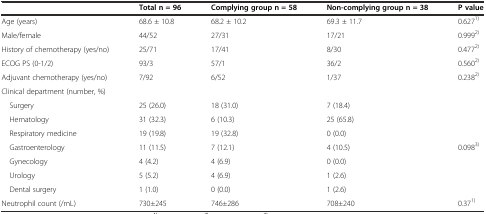
|  | Total n = 96 | Complying group n = 58 | Non-complying group n = 38 | P value |
 | --- | --- | --- | --- | --- |
 | Age (years) | 68.6 ± 10.8 | 68.2 ± 10.2 | 69.3 ± 11.7 | 0.6271) |
 | Male/female | 44/52 | 27/31 | 17/21 | 0.9992) |
 | History of chemotherapy (yes/no) | 25/71 | 17/41 | 8/30 | 0.4772) |
 | ECOG PS (0-1/2) | 93/3 | 57/1 | 36/2 | 0.5602) |
 | Adjuvant chemotherapy (yes/no) | 7/92 | 6/52 | 1/37 | 0.2382) |
 | Clinical department (number, %) |  |  |  |  |
 | Surgery | 25 (26.0) | 18 (31.0) | 7 (18.4) |  |
 | Hematology | 31 (32.3) | 6 (10.3) | 25 (65.8) |  |
 | Respiratory medicine | 19 (19.8) | 19 (32.8) | 0 (0.0) |  |
 | Gastroenterology | 11 (11.5) | 7 (12.1) | 4 (10.5) | 0.0983) |
 | Gynecology | 4 (4.2) | 4 (6.9) | 0 (0.0) |  |
 | Urology | 5 (5.2) | 4 (6.9) | 1 (2.6) |  |
 | Dental surgery | 1 (1.0) | 0 (0.0) | 1 (2.6) |  |
 | Neutrophil count (/mL) | 730±245 | 746±286 | 708±240 | 0.371) |